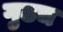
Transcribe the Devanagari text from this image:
गुढच